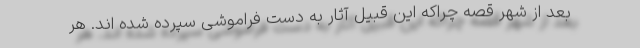
بعد از شهر قصه چراکه این قبیل آثار به دست فراموشی سپرده شده اند. هر